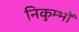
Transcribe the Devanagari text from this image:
निकुम्भों